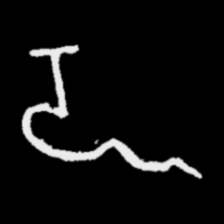
Pyu character \u2014 Myanmar letter: ဍ (romanized: dda)